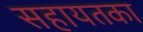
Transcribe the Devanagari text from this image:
सहायतका